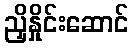
ညှိနှိုင်းဆောင်